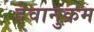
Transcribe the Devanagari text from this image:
देवानुक्रम